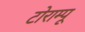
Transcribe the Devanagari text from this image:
टोराम्पू